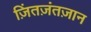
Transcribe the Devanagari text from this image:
ज़िंतज़ंतज़ान